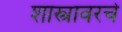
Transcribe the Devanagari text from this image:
शास्त्रावरचे